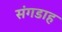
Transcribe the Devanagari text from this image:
संगडाह